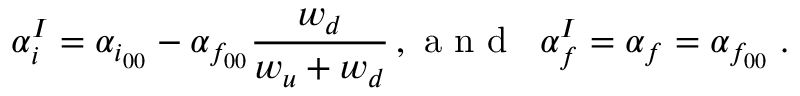
\alpha _ { i } ^ { I } = \alpha _ { i _ { 0 0 } } - \alpha _ { f _ { 0 0 } } \frac { w _ { d } } { w _ { u } + w _ { d } } \, , \textrm { a n d } \; \; \alpha _ { f } ^ { I } = \alpha _ { f } = \alpha _ { f _ { 0 0 } } \; .